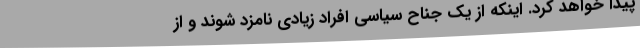
پیدا خواهد کرد. اینکه از یک جناح سیاسی افراد زیادی نامزد شوند و از